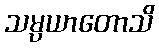
သမ္ပယာတောသိ